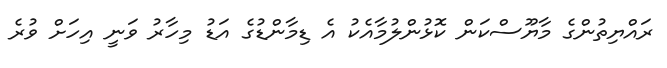
ރައްޔިތުންގެ މާޔޫސްކަން ކޮޅުންލުމާއެކު އެ ޑިމާންޑުގެ އަޑު މިހާރު ވަނީ އިހަށް ވުރެ